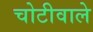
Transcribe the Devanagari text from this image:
चोटीवाले